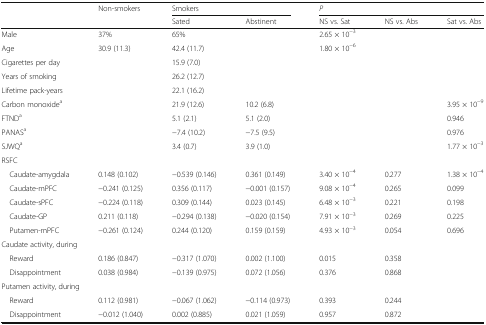
<table><thead><tr><td rowspan="2"></td><td rowspan="2"><b>Non-smokers</b></td><td colspan="2"><b>Smokers</b></td><td colspan="3"><b><i>P</i></b></td></tr><tr><td><b>Sated</b></td><td><b>Abstinent</b></td><td><b>NS vs. Sat</b></td><td><b>NS vs. Abs</b></td><td><b>Sat vs. Abs</b></td></tr></thead><tbody><tr><td>Male</td><td>37%</td><td colspan="2">65%</td><td colspan="2">2.65 × 10<sup>−3</sup></td><td></td></tr><tr><td>Age</td><td>30.9 (11.3)</td><td colspan="2">42.4 (11.7)</td><td colspan="2">1.80 × 10<sup>−6</sup></td><td></td></tr><tr><td>Cigarettes per day</td><td></td><td colspan="2">15.9 (7.0)</td><td></td><td></td><td></td></tr><tr><td>Years of smoking</td><td></td><td colspan="2">26.2 (12.7)</td><td></td><td></td><td></td></tr><tr><td>Lifetime pack-years</td><td></td><td colspan="2">22.1 (16.2)</td><td></td><td></td><td></td></tr><tr><td>Carbon monoxide<sup>a</sup></td><td></td><td>21.9 (12.6)</td><td>10.2 (6.8)</td><td></td><td></td><td>3.95 × 10<sup>−9</sup></td></tr><tr><td>FTND<sup>a</sup></td><td></td><td>5.1 (2.1)</td><td>5.1 (2.0)</td><td></td><td></td><td>0.946</td></tr><tr><td>PANAS<sup>a</sup></td><td></td><td>−7.4 (10.2)</td><td>−7.5 (9.5)</td><td></td><td></td><td>0.976</td></tr><tr><td>SJWQ<sup>a</sup></td><td></td><td>3.4 (0.7)</td><td>3.9 (1.0)</td><td></td><td></td><td>1.77 × 10<sup>−3</sup></td></tr><tr><td colspan="6">RSFC</td><td></td></tr><tr><td> Caudate-amygdala</td><td>0.148 (0.102)</td><td>−0.539 (0.146)</td><td>0.361 (0.149)</td><td>3.40 × 10<sup>−4</sup></td><td>0.277</td><td>1.38 × 10<sup>−4</sup></td></tr><tr><td> Caudate-mPFC</td><td>−0.241 (0.125)</td><td>0.356 (0.117)</td><td>−0.001 (0.157)</td><td>9.08 × 10<sup>−4</sup></td><td>0.265</td><td>0.099</td></tr><tr><td> Caudate-sPFC</td><td>−0.224 (0.118)</td><td>0.309 (0.144)</td><td>0.023 (0.145)</td><td>6.48 × 10<sup>−3</sup></td><td>0.221</td><td>0.198</td></tr><tr><td> Caudate-GP</td><td>0.211 (0.118)</td><td>−0.294 (0.138)</td><td>−0.020 (0.154)</td><td>7.91 × 10<sup>−3</sup></td><td>0.269</td><td>0.225</td></tr><tr><td> Putamen-mPFC</td><td>−0.261 (0.124)</td><td>0.244 (0.120)</td><td>0.159 (0.159)</td><td>4.93 × 10<sup>−3</sup></td><td>0.054</td><td>0.696</td></tr><tr><td colspan="7">Caudate activity, during</td></tr><tr><td> Reward</td><td>0.186 (0.847)</td><td>−0.317 (1.070)</td><td>0.002 (1.100)</td><td>0.015</td><td>0.358</td><td></td></tr><tr><td> Disappointment</td><td>0.038 (0.984)</td><td>−0.139 (0.975)</td><td>0.072 (1.056)</td><td>0.376</td><td>0.868</td><td></td></tr><tr><td colspan="7">Putamen activity, during</td></tr><tr><td> Reward</td><td>0.112 (0.981)</td><td>−0.067 (1.062)</td><td>−0.114 (0.973)</td><td>0.393</td><td>0.244</td><td></td></tr><tr><td> Disappointment</td><td>−0.012 (1.040)</td><td>0.002 (0.885)</td><td>0.021 (1.059)</td><td>0.957</td><td>0.872</td><td></td></tr></tbody></table>